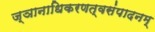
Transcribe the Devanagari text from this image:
ज्ञानाधिकरणत्वसंपादनम्